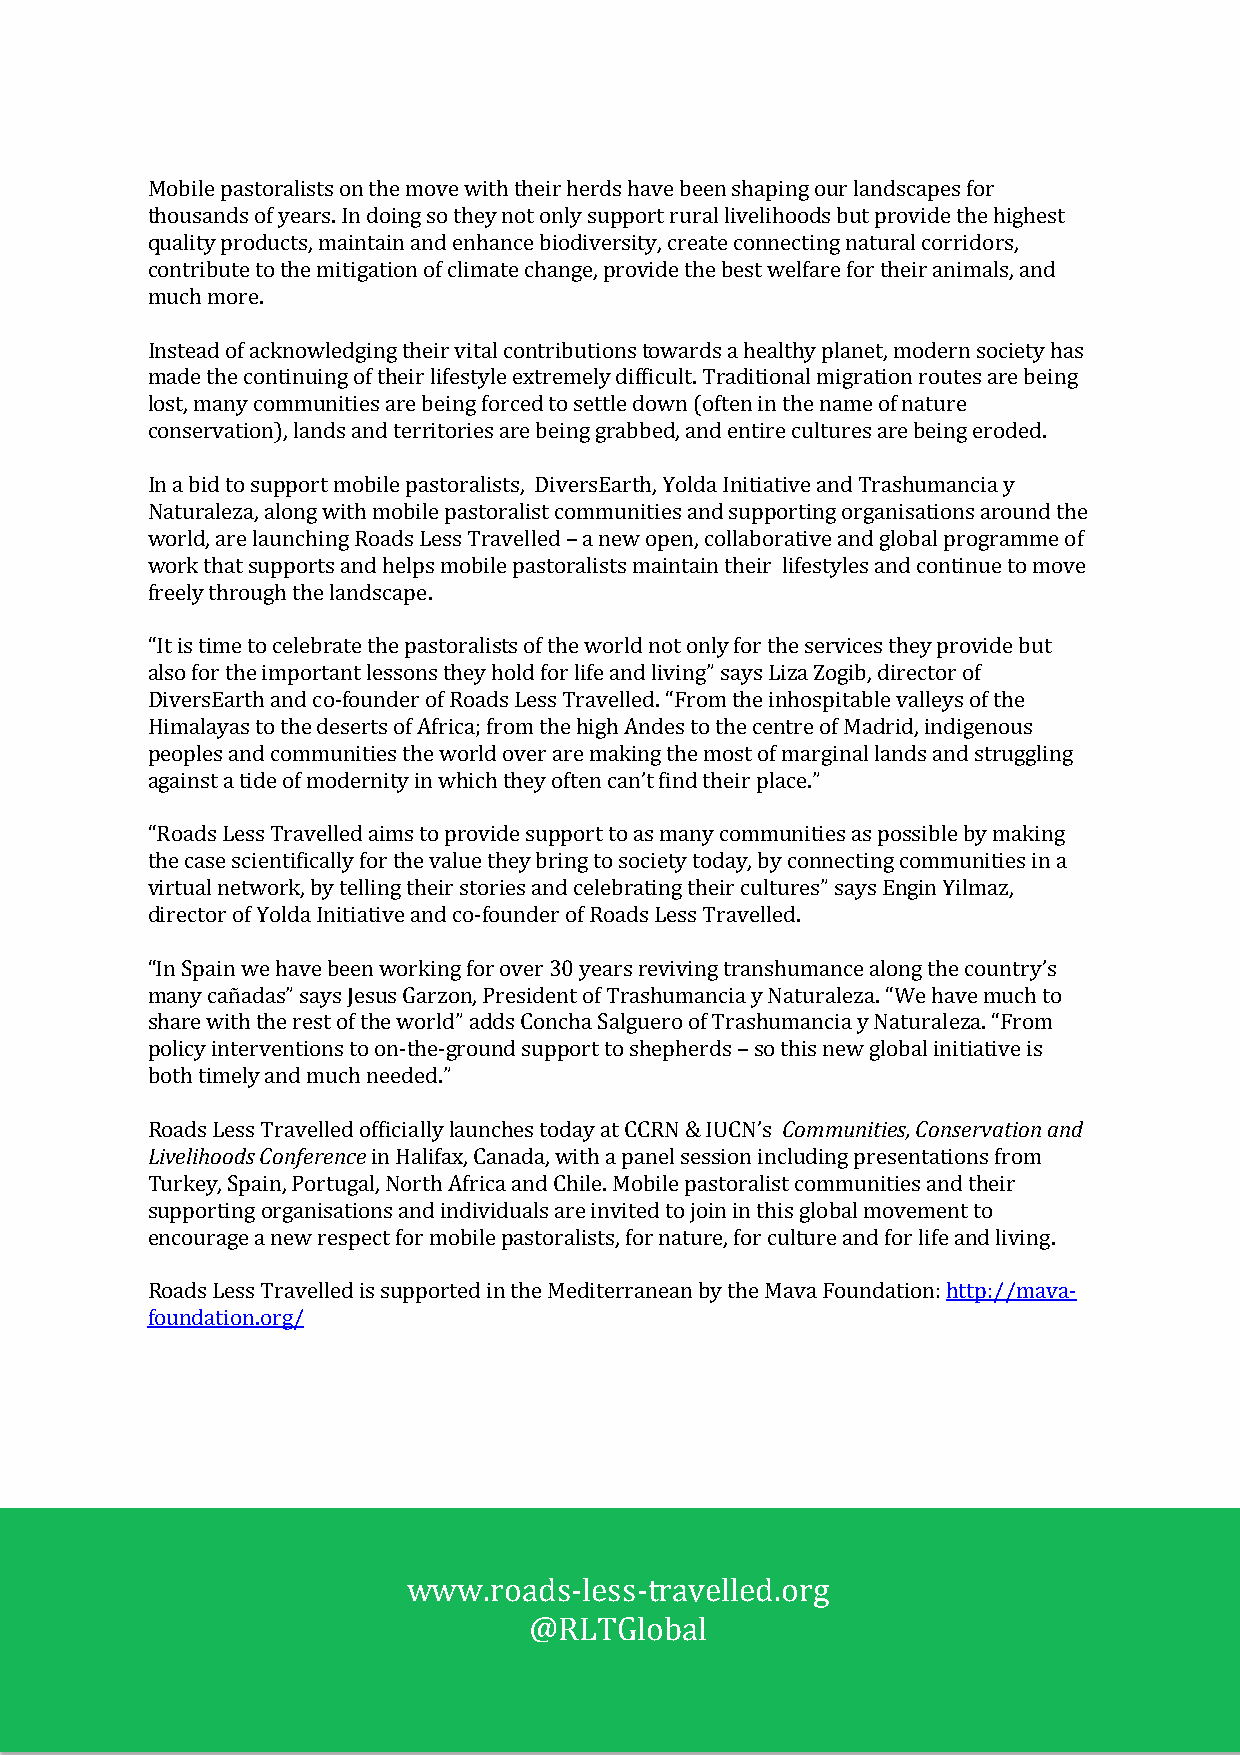
Mobile pastoralists on the move with their herds have been shaping our landscapes for
 thousands of years. In doing so they not only support rural livelihoods but provide the highest
 quality products, maintain and enhance biodiversity, create connecting natural corridors,
 contribute to the mitigation of climate change, provide the best welfare for their animals, and
 much more.
 Instead of acknowledging their vital contributions towards a healthy planet, modern society has
 made the continuing of their lifestyle extremely difficult. Traditional migration routes are being
 lost, many communities are being forced to settle down (often in the name of nature
 conservation), lands and territories are being grabbed, and entire cultures are being eroded.
 In a bid to support mobile pastoralists, DiversEarth, Yolda Initiative and Trashumancia y
 Naturaleza, along with mobile pastoralist communities and supporting organisations around the
 world, are launching Roads Less Travelled – a new open, collaborative and global programme of
 work that supports and helps mobile pastoralists maintain their lifestyles and continue to move
 freely through the landscape.
 “It is time to celebrate the pastoralists of the world not only for the services they provide but
 also for the important lessons they hold for life and living” says Liza Zogib, director of
 DiversEarth and co-founder of Roads Less Travelled. “From the inhospitable valleys of the
 Himalayas to the deserts of Africa; from the high Andes to the centre of Madrid, indigenous
 peoples and communities the world over are making the most of marginal lands and struggling
 against a tide of modernity in which they often can’t find their place.”
 “Roads Less Travelled aims to provide support to as many communities as possible by making
 the case scientifically for the value they bring to society today, by connecting communities in a
 virtual network, by telling their stories and celebrating their cultures” says Engin Yilmaz,
 director of Yolda Initiative and co-founder of Roads Less Travelled.
 “In Spain we have been working for over 30 years reviving transhumance along the country’s
 many cañadas” says Jesus Garzon, President of Trashumancia y Naturaleza. “We have much to
 share with the rest of the world” adds Concha Salguero of Trashumancia y Naturaleza. “From
 policy interventions to on-the-ground support to shepherds – so this new global initiative is
 both timely and much needed.”             Communities, Conservation and
 Livelihoods Conference
 Roads Less Travelled officially launches today at CCRN & IUCN’s
 in Halifax, Canada, with a panel session including presentations from
 Turkey, Spain, Portugal, North Africa and Chile. Mobile pastoralist communities and their
 supporting organisations and individuals are invited to join in this global movement to
 encourage a new respect for mobile pastoralists, for nature, for culture and for life and living.
 Roads Less Travelled is supported in the Mediterranean by the Mava Foundation: http://mava-
 foundation.org/
 www.roads-less-travelled.org
 @RLTGlobal